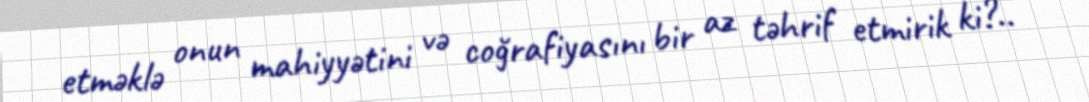
etməklə onun mahiyyətini və coğrafiyasını bir az təhrif etmirik ki?..